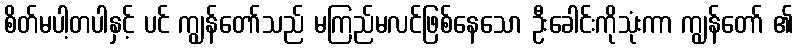
စိတ်မပါ့တပါနှင့် ပင် ကျွန်တော်သည် မကြည်မလင်ဖြစ်နေသော ဦးခေါင်းကိုသုံးကာ ကျွန်တော် ၏